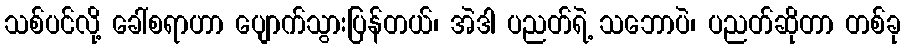
သစ်ပင်လို့ ခေါ်စရာဟာ ပျောက်သွားပြန်တယ်၊ အဲဒါ ပညတ်ရဲ့ သဘောပဲ၊ ပညတ်ဆိုတာ တစ်ခု